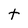
Character: t